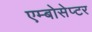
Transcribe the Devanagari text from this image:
एम्बोसेप्टर